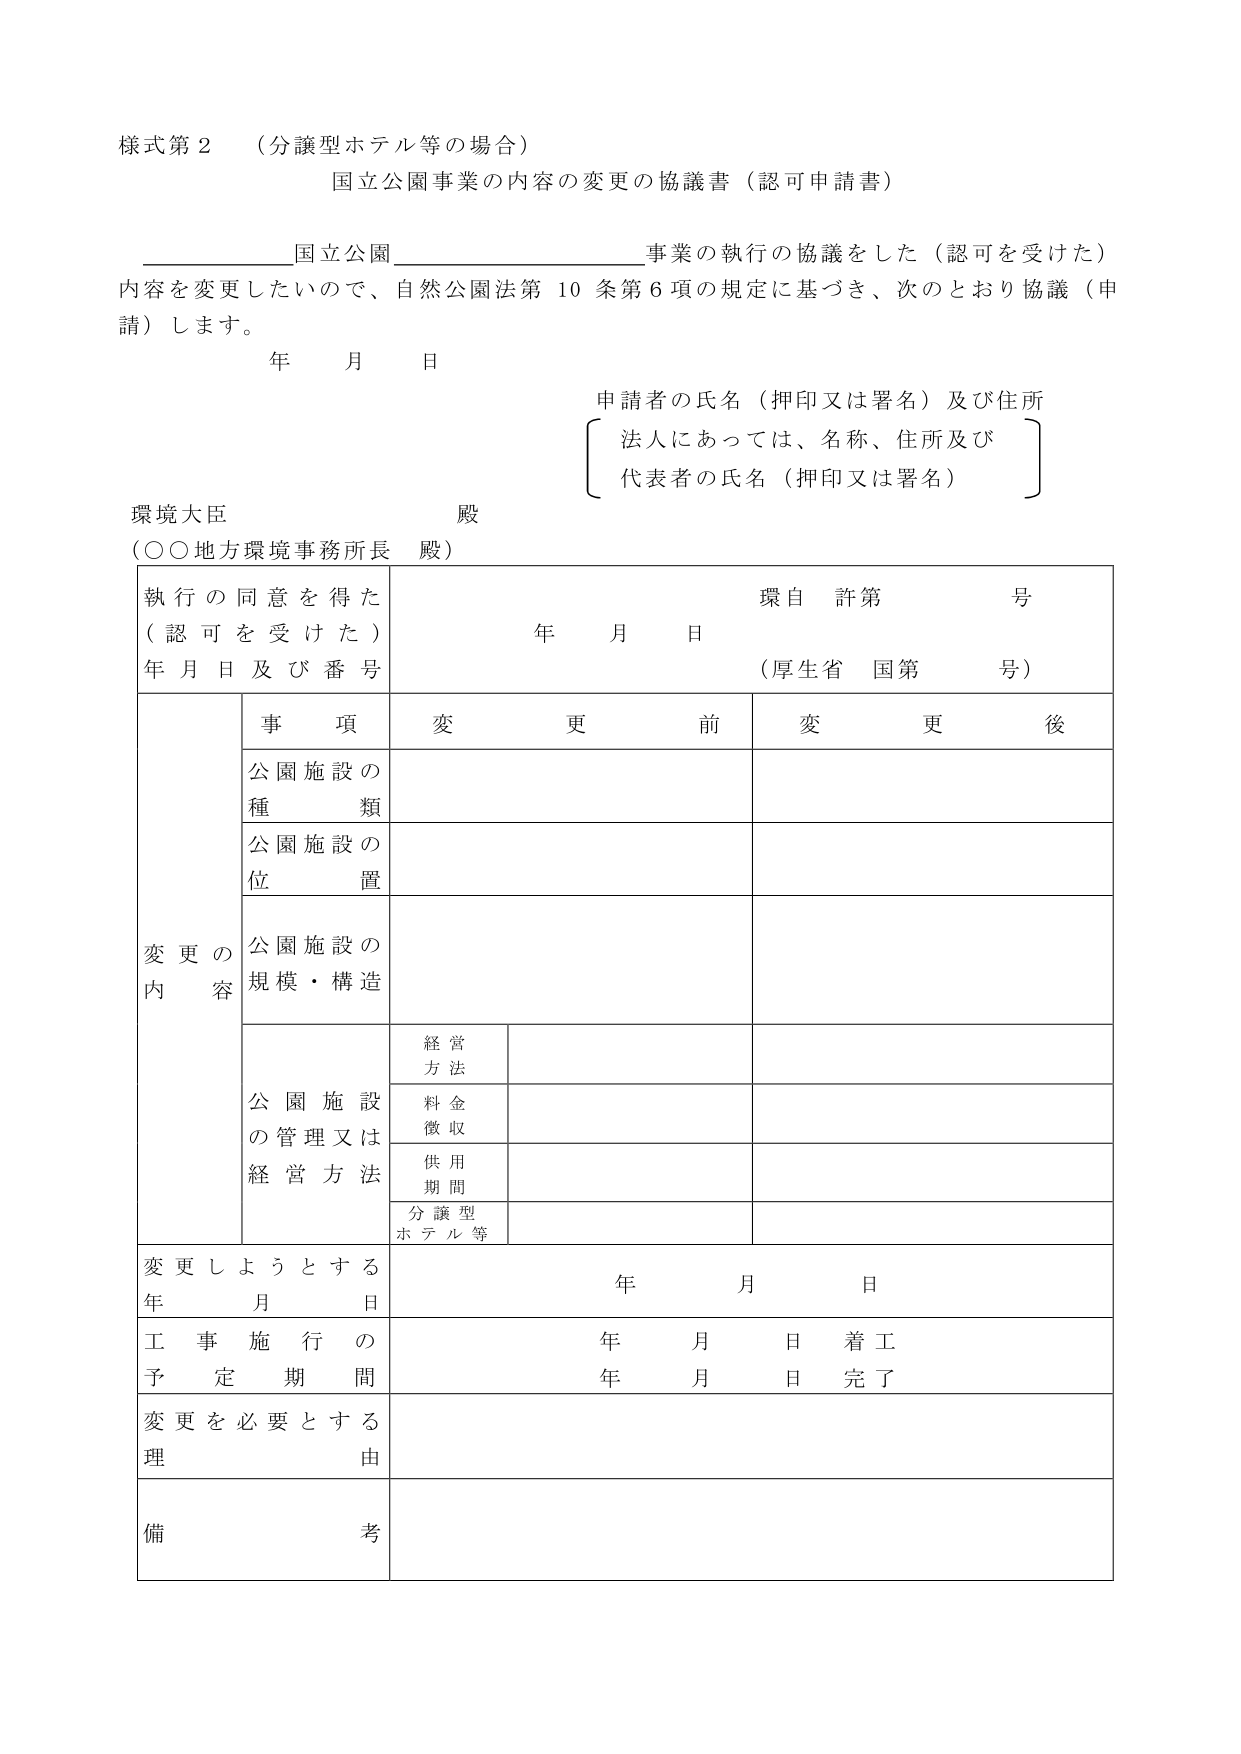
様式第２　（分譲型ホテル等の場合）
国立公園事業の内容の変更の協議書（認可申請書）

__________国立公園__________事業の執行の協議をした（認可を受けた）
内容を変更したいので、自然公園法第10条第6項の規定に基づき、次のとおり協議（申請）します。

年　月　日

申請者の氏名（押印又は署名）及び住所
〔法人にあっては、名称、住所及び
代表者の氏名（押印又は署名）〕

環境大臣　殿
（○○地方環境事務所長　殿）

執行の同意を得た
（認可を受けた）
年月日及び番号